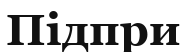
Підпри